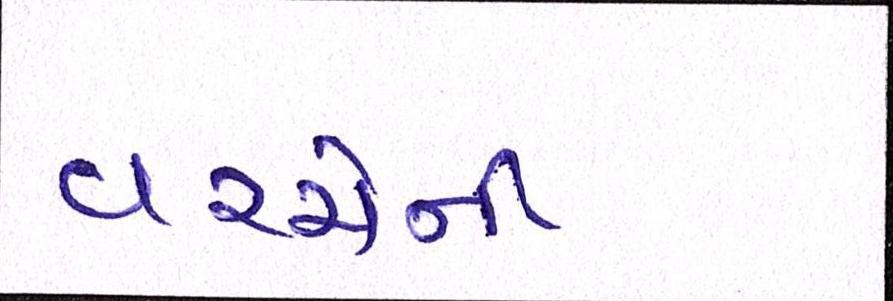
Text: વચ્ચેની